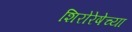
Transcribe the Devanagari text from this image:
शिरोरेषेच्या